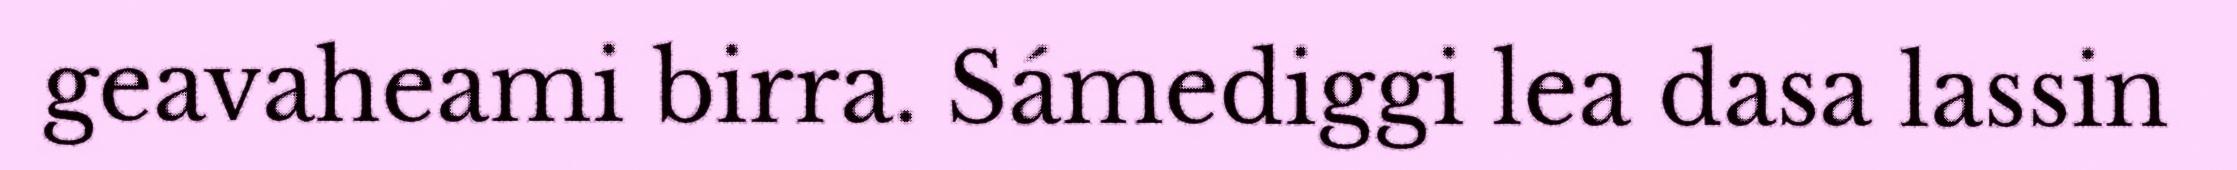
geavaheami birra. Sámediggi lea dasa lassin